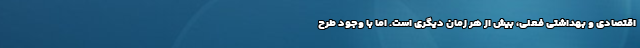
اقتصادی و بهداشتی فعلی، بیش از هر زمان دیگری است. اما با وجود طرح